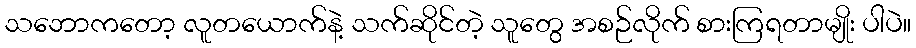
သဘောကတော့ လူတယောက်နဲ့ သက်ဆိုင်တဲ့ သူတွေ အစဉ်လိုက် စားကြရတာမျိုး ပါပဲ။